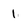
Character: 1